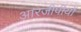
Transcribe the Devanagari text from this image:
आरजीपीयों